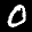
Label: 0